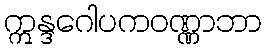
ဣန္ဒဂေါပကဝဏ္ဏာဘာ